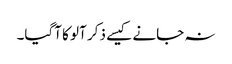
نہ جانے کیسے ذکر آلو کا آگیا۔